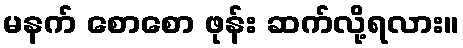
မနက် စောစော ဖုန်း ဆက်လို့ရလား။